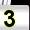
Digit: 3